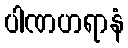
ပါဏဟရာနံ